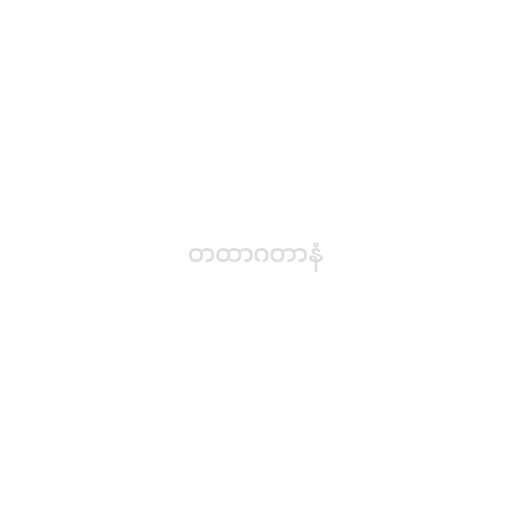
တထာဂတာနံ